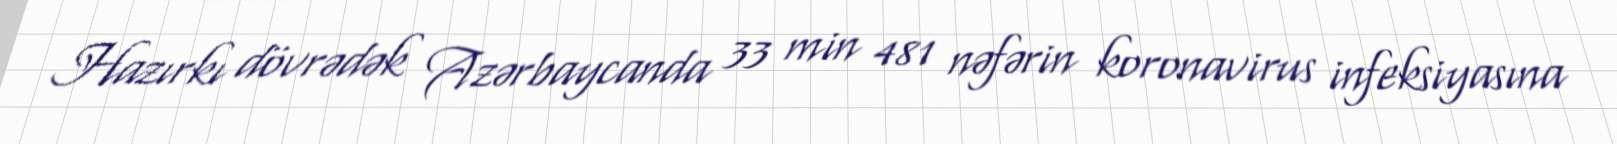
Hazırkı dövrədək Azərbaycanda 33 min 481 nəfərin koronavirus infeksiyasına